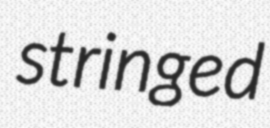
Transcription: stringed